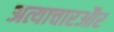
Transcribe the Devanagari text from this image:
अत्याचारऔर